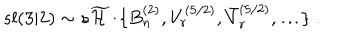
LaTeX: s l ( 3 | 2 ) \sim s \widetilde { { \cal H } } / \{ B _ { n } ^ { ( 2 ) } , V _ { r } ^ { ( 5 / 2 ) } , \bar { V } _ { r } ^ { ( 5 / 2 ) } , \ldots \} \; .